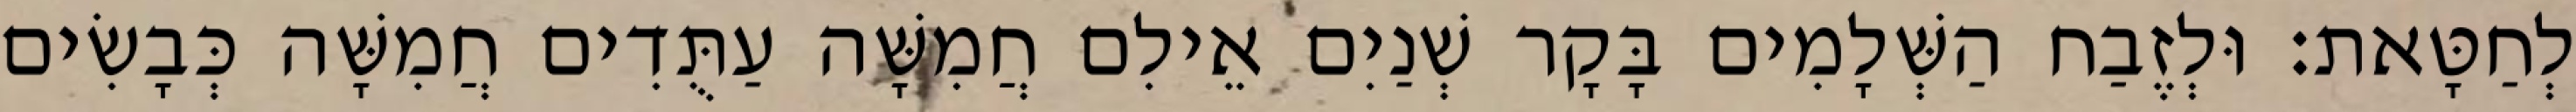
לְחַטָּאת׃ וּלְזֶבַח הַשְּׁלָמִים בָּקָר שְׁנַיִם אֵילִם חֲמִשָּׁה עַתֻּדִים חֲמִשָּׁה כְּבָשִׂים